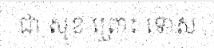
ជា សុខ ព្រោះ ទោស